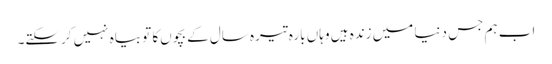
اب ہم جس دنیا میں‌ زندہ ہیں‌ وہاں‌ بارہ تیرہ سال کے بچوں‌کا تو بیاہ نہیں‌ کرسکتے۔